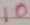
Text: 10